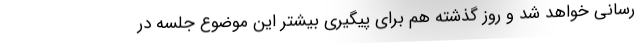
رسانی خواهد شد و روز گذشته هم برای پیگیری بیشتر این موضوع جلسه در